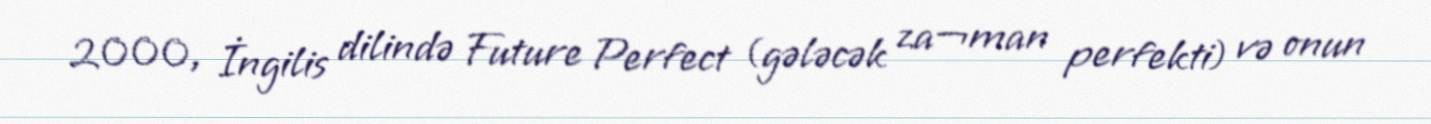
2000, İngilis dilində Future Perfect (gələcək za¬man perfekti) və onun